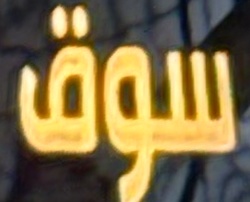
سوق